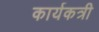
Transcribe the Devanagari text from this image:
कार्यकत्री